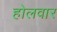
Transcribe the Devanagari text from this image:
होलवार